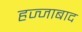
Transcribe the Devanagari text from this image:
हज्जाबाद